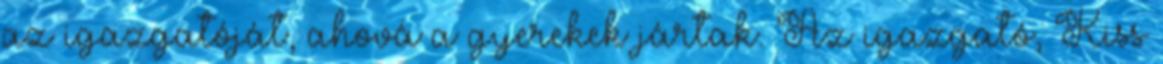
az igazgatóját, ahová a gyerekek jártak. Az igazgató, Kiss